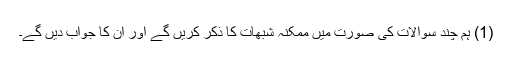
(1) ہم چند سوالات کی صورت میں ممکنہ شبھات کا ذکر کریں گے اور ان کا جواب دیں گے۔